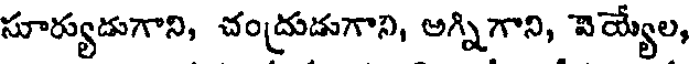
సూర్యుడుగాని, చంద్రుడుగాని, అగ్నిగాని, వెయ్యేల,